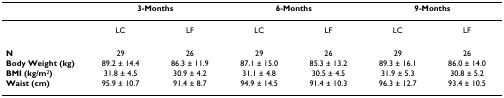
|  | <COLSPAN=2> 3-Months | <COLSPAN=2> 6-Months | <COLSPAN=2> 9-Months |
 | --- | --- | --- | --- | --- | --- | --- |
 |  | LC | LF | LC | LF | LC | LF |
 | N | 29 | 26 | 29 | 26 | 29 | 26 |
 | Body Weight (kg) | 89.2 ± 14.4 | 86.3 ± 11.9 | 87.1 ± 15.0 | 85.3 ± 13.2 | 89.3 ± 16.1 | 86.0 ± 14.0 |
 | BMI (kg/m2) | 31.8 ± 4.5 | 30.9 ± 4.2 | 31.1 ± 4.8 | 30.5 ± 4.5 | 31.9 ± 5.3 | 30.8 ± 5.2 |
 | Waist (cm) | 95.9 ± 10.7 | 91.4 ± 8.7 | 94.9 ± 14.5 | 91.4 ± 10.3 | 96.3 ± 12.7 | 93.4 ± 10.5 |